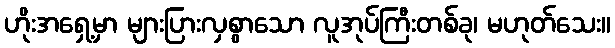
ဟိုးအရှေ့မှာ များပြားလှစွာသော လူအုပ်ကြီးတစ်ခု၊ မဟုတ်သေး။